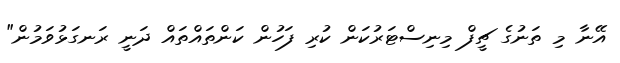
އޭނާ މި ތަނުގެ ޗީފް މިނިސްޓަރުކަން ކުރި ފަހުން ކަންތައްތައް ދަނީ ރަނގަޅުވަމުން"